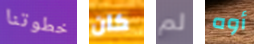
خطوتنا كان لم أوه